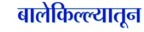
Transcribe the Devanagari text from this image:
बालेकिल्ल्यातून